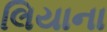
લિયાના